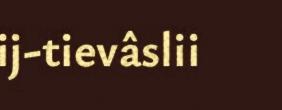
ij-tievâslii